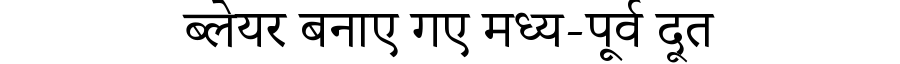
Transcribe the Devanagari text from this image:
ब्लेयर बनाए गए मध्य-पूर्व दूत